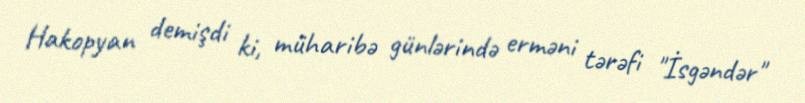
Hakopyan demişdi ki, müharibə günlərində erməni tərəfi "İsgəndər"